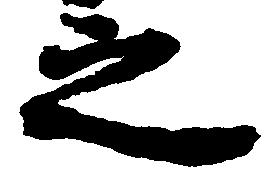
之